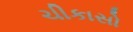
ચીકાસો